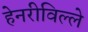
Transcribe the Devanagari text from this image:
हेनरीविल्ले